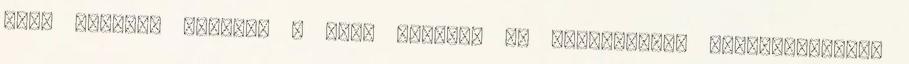
rész ilyenek lesznek a jövő szakmái és munkahelyei stresszkezelés